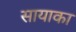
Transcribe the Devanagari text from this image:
सायाका